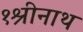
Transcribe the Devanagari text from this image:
१श्रीनाथ